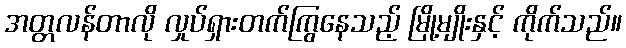
အတ္တလန်တာလို လှုပ်ရှားတက်ကြွနေသည့် မြို့မျိုးနှင့် ကိုက်သည်။